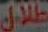
طلال